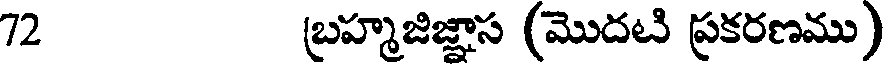
72 బ్రహ్మజిజ్ఞాస (మొదటి ప్రకరణము)